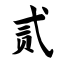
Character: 贰